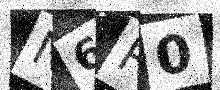
Text: N6R0